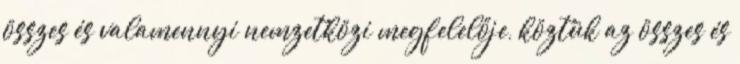
összes és valamennyi nemzetközi megfelelője, köztük az összes és